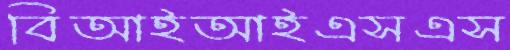
বিআইআইএসএস